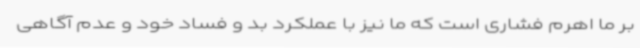
بر ما اهرم فشاری است که ما نیز با عملکرد بد و فساد خود و عدم آگاهی